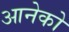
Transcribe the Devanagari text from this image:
आनेको